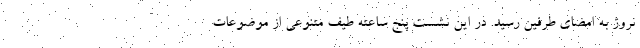
نروژ به امضای طرفین رسید. در این نشست پنج ساعته طیف متنوعی از موضوعات